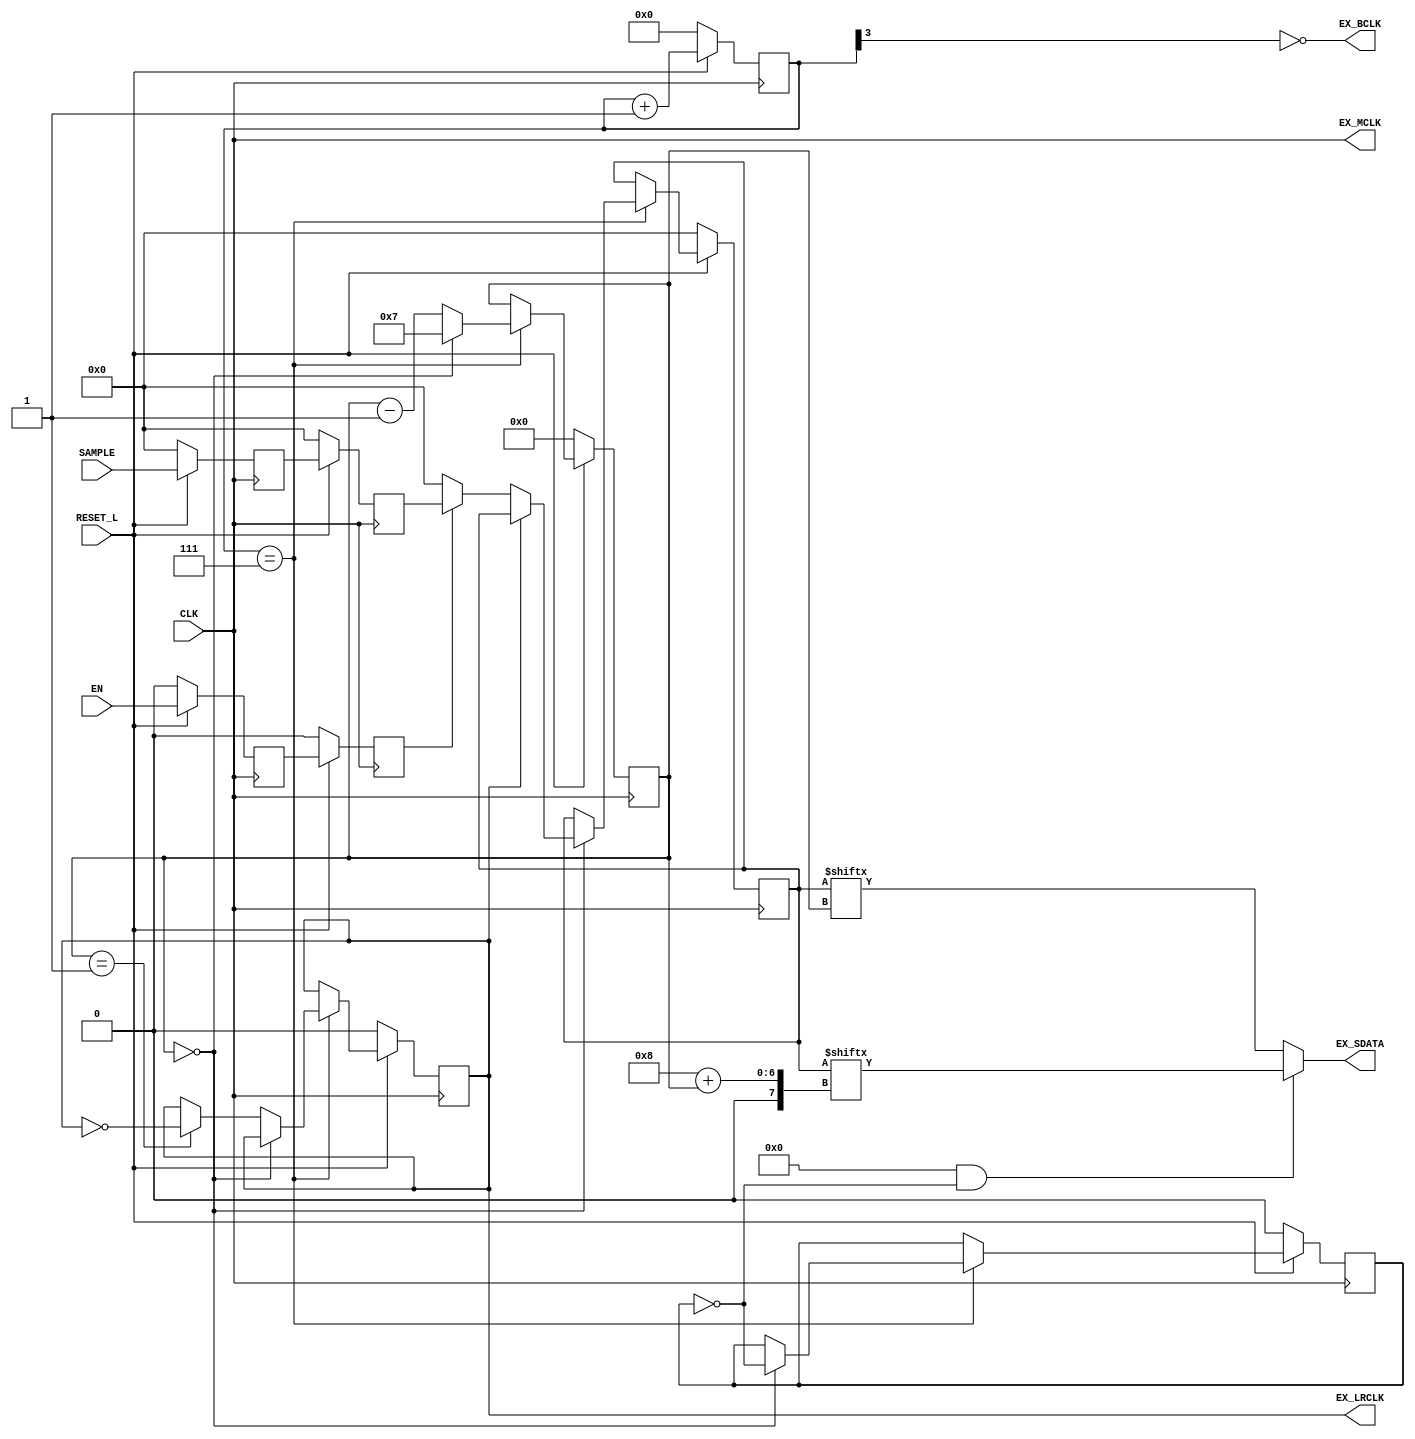
// Copyright (c) UnnamedOrange and Jack-Lyu. Licensed under the MIT License.
// See the LICENSE file in the repository root for full license text.

/// <projectname>PmodAMP3</projectname>
/// <modulename>PmodAMP3</modulename>
/// <projectdescription>An unofficial IP core of Pmod AMP3.</projectdescription>
/// <version>
/// 0.0.1 (UnnamedOrange) : First commit.
/// 0.0.2 (UnnamedOrange) : 
/// 0.0.3 (UnnamedOrange) :  BCLK 
/// </version>

`timescale 1ns / 1ps

module PmodAMP3 #
(
	parameter sample_rate = 44100,
	parameter resolution = 8,
	parameter is_stereo = 0,
	parameter MCLK_ratio = resolution == 24 ? 384 : 256,
	parameter MCLK_freq = sample_rate * MCLK_ratio,
	parameter BCLK_freq = sample_rate * resolution * 2,
	parameter MCLK_divided_by_BCLK = MCLK_freq / BCLK_freq,
	parameter width = resolution * (1 + is_stereo),

	parameter log_MCLK_divided_by_BCLK =
		MCLK_divided_by_BCLK == 4 ? 2 :
		MCLK_divided_by_BCLK == 8 ? 3 :
		MCLK_divided_by_BCLK == 16 ? 4 : 114514
)
(
	output EX_LRCLK,
	output EX_SDATA,
	output EX_BCLK,
	output EX_MCLK,
	input [width - 1 : 0] SAMPLE,
	input EN,
	input RESET_L,
	input CLK //  100 MHz 
);

	reg [width - 1 : 0] sync_sample_buffer, sync_sample; // 
	reg sync_en_buffer, sync_en; // 
	reg [log_MCLK_divided_by_BCLK - 1 : 0] divide_to_bclk; // 

	reg [width - 1 : 0] to_play; // 
	reg [5:0] current_bit; // 
	reg is_LRCLK_right; // 
	reg is_left; // 

	assign EX_MCLK = CLK;
	assign EX_BCLK = !divide_to_bclk[log_MCLK_divided_by_BCLK - 1];

	// 
	always @(posedge CLK) begin
		if (!RESET_L) begin
			sync_sample_buffer <= 0;
			sync_sample <= 0;
			sync_en_buffer <= 0;
			sync_en <= 0;
		end
		else begin
			sync_sample_buffer <= SAMPLE;
			sync_sample <= sync_sample_buffer;
			sync_en_buffer <= EN;
			sync_en <= sync_en_buffer;
		end
	end

	// 
	always @(posedge CLK) begin
		if (!RESET_L) begin
			divide_to_bclk <= 0;
		end
		else begin
			divide_to_bclk <= divide_to_bclk + 1;
		end
	end

	// BCLK 
	always @(posedge CLK) begin // 
		if (!RESET_L) begin
			to_play <= 0;
			current_bit <= 0;
			is_LRCLK_right <= 0;
			is_left <= 0;
		end
		else if (divide_to_bclk == (MCLK_divided_by_BCLK >> 1) - 1) begin // BCLK 
			if (current_bit == 0) begin
				if (is_LRCLK_right == 0) // 
					if (sync_en)
						to_play <= sync_sample;
					else
						to_play <= 0;
				current_bit <= resolution - 1;
				//  is_left
				is_left <= !is_left;
				// is_LRCLK_right 
			end
			else begin
				//  is_LRCLK_right
				if (current_bit == 1)
					is_LRCLK_right <= !is_LRCLK_right;
				current_bit <= current_bit - 1;
			end
		end
	end

	assign EX_LRCLK = is_LRCLK_right;
	assign EX_SDATA = (is_stereo && !is_left) ? to_play[resolution + current_bit] : to_play[current_bit];

endmodule